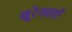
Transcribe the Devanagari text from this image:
भ्रूरेखाएँ